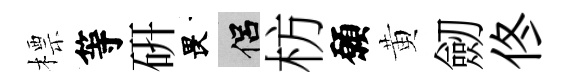
標等研畏侣枋願黄劒佟